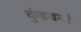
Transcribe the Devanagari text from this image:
कुंडवर्मा